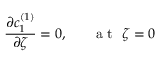
\frac { \partial c _ { 1 } ^ { ( 1 ) } } { \partial \zeta } = 0 , ~ ~ ~ ~ ~ \mathrm { ~ a ~ t ~ } ~ \zeta = 0